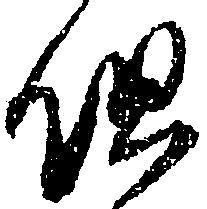
但